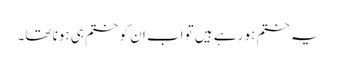
یہ ختم ہو رہے ہیں تو اب ان کو ختم ہی ہونا تھا۔